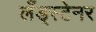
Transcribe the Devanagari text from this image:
लँड्स्टेनर